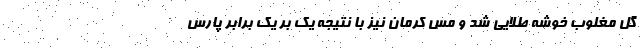
گل مغلوب خوشه طلایی شد و مس کرمان نیز با نتیجه یک بر یک برابر پارس